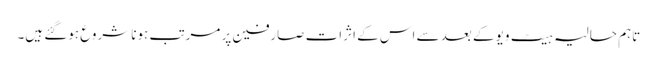
تاہم حالیہ ہیٹ ویو کے بعد سے اس کے اثرات صارفین پر مرتب ہونا شروع ہوگئے ہیں۔